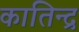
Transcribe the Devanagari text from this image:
कातिन्द्र